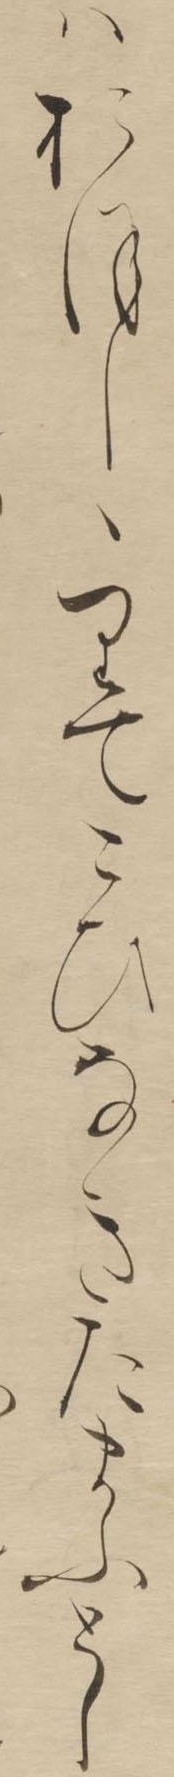
はおほしゝりてこひなきたまふとし